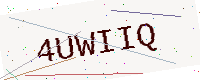
Text: 4UWIIQ